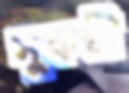
সুকণ্ঠী